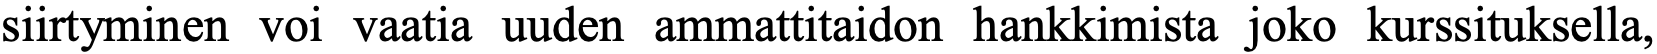
siirtyminen voi vaatia uuden ammattitaidon hankkimista joko kurssituksella,